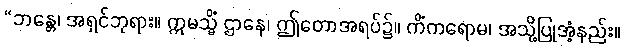
“ဘန္တေ၊ အရှင်ဘုရား။ ဣမသ္မိံ ဌာနေ၊ ဤတောအရပ်၌။ ကိံကရောမ၊ အသို့ပြုအံ့နည်း။